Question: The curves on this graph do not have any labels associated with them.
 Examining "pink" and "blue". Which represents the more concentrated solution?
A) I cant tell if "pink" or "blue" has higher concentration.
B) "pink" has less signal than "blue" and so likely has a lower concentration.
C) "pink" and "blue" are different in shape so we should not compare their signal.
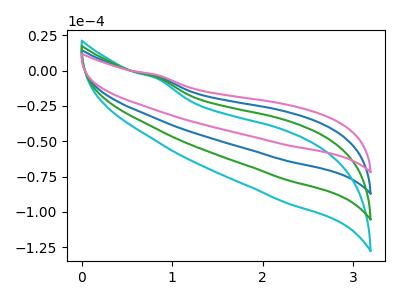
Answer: <think>The blue curve "blue" has no peaks. The cyan curve "cyan" has no peaks. The green curve "green" has no peaks. The pink curve "pink" has no peaks.
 Neither "pink" or "blue" have any peaks.</think>
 <answer>A) I cant tell if "pink" or "blue" has higher concentration.</answer>
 <eval>A</eval>